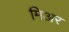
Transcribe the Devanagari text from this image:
मिअर